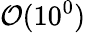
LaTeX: \mathcal{O}(10^{0})